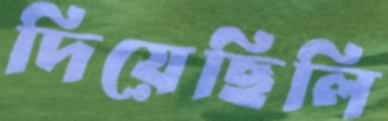
দিয়েছিলি